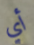
أي